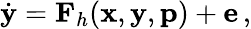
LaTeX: \begin{array}{r}{\dot{\mathbf{y}}=\mathbf{F}_{h}(\mathbf{x},\mathbf{y},\mathbf{p})+\mathbf{e}\, ,}\end{array}